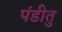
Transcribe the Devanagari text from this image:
पंडीतु